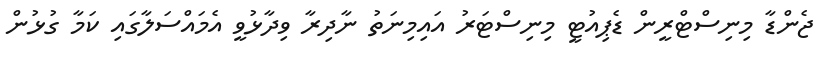
ޖެންޑާ މިނިސްޓްރީން ޑެޕިއުޓީ މިނިސްޓަރު އައިމިނަތު ނާދިރާ ވިދާޅުވީ އެމައްސަލާގައި ކަމާ ގުޅުން